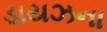
ડાયઝના